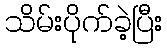
သိမ်းပိုက်ခဲ့ပြီး